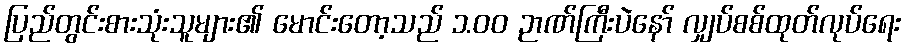
ပြည်တွင်းစားသုံးသူများ၏ မောင်းတော့သည် ၁.၀၀ ဉာဏ်ကြီးပဲနော် လျှပ်စစ်ထုတ်လုပ်ရေး